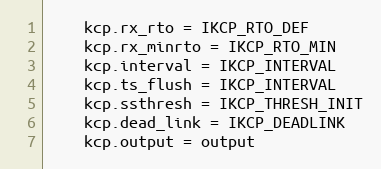
Language: Go
	kcp.rx_rto = IKCP_RTO_DEF
	kcp.rx_minrto = IKCP_RTO_MIN
	kcp.interval = IKCP_INTERVAL
	kcp.ts_flush = IKCP_INTERVAL
	kcp.ssthresh = IKCP_THRESH_INIT
	kcp.dead_link = IKCP_DEADLINK
	kcp.output = output